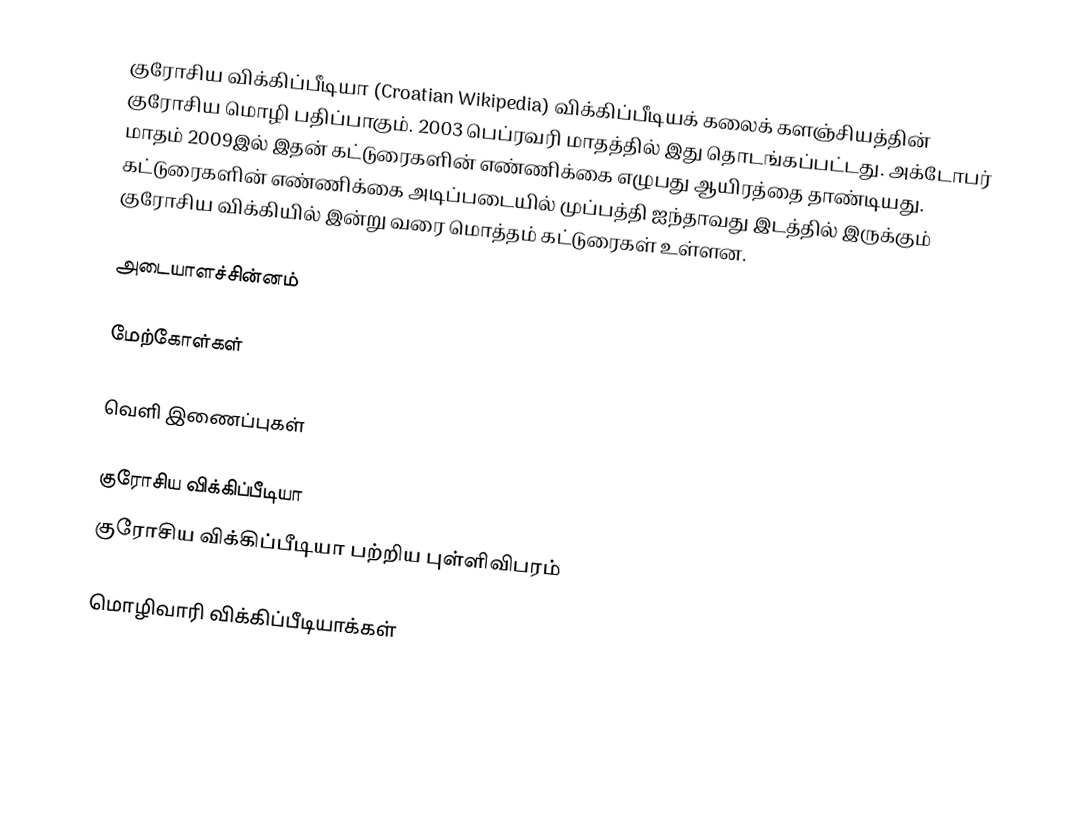
குரோசிய விக்கிப்பீடியா (Croatian Wikipedia) விக்கிப்பீடியக் கலைக் களஞ்சியத்தின் குரோசிய மொழி பதிப்பாகும். 2003 பெப்ரவரி மாதத்தில் இது தொடங்கப்பட்டது. அக்டோபர் மாதம் 2009இல் இதன் கட்டுரைகளின் எண்ணிக்கை எழுபது ஆயிரத்தை தாண்டியது. கட்டுரைகளின் எண்ணிக்கை அடிப்படையில் முப்பத்தி ஐந்தாவது இடத்தில் இருக்கும் குரோசிய விக்கியில் இன்று வரை மொத்தம்  கட்டுரைகள் உள்ளன.

அடையாளச்சின்னம்

மேற்கோள்கள்

வெளி இணைப்புகள்

குரோசிய விக்கிப்பீடியா
குரோசிய விக்கிப்பீடியா பற்றிய புள்ளிவிபரம்

மொழிவாரி விக்கிப்பீடியாக்கள்